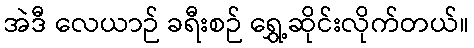
အဲဒီ လေယာဉ် ခရီးစဉ် ရွှေ့ဆိုင်းလိုက်တယ်။